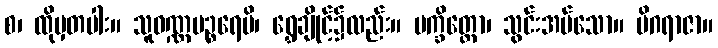
စ၊ ထိုမှတပါး။ သူဝဏ္ဏပဉ္စရေပိ၊ ရွှေချိုင့်၌လည်း။ ပက္ခိတ္တော၊ သွင်းအပ်သော။ မိဂရာဇာ။